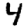
Digit: 4